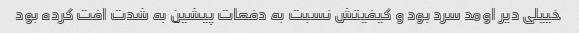
خییلی دیر اومد سرد بود و کیفیتش نسبت به دفعات پیشین به شدت افت کرده بود